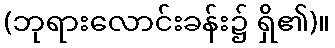
(ဘုရားလောင်းခန်း၌ ရှိ၏)။